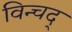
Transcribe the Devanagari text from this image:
विन्चद्